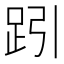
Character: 𧿯